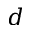
d